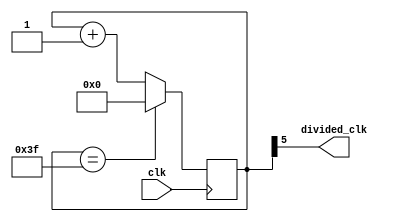
// Question: Frequency division circuit (division by 64)

module freq_division(input clk, output divided_clk);
    // Declare a 6-bit register to act as a counter
    reg [5:0] cnt;

    // Initial block to initialize the counter to 0 at the start of simulation
    initial begin
        cnt = 0;
    end

    // Always block triggered on the positive edge of the input clock
    always @ (posedge clk) begin
        // Check if the counter has reached 63
        if (cnt == 63)
            // Reset the counter to 0 if it has reached 63
            cnt = 0;
        else
            // Increment the counter by 1
            cnt = cnt + 1;
    end

    // Assign the most significant bit of the counter to the output
    // This divides the clock frequency by 64
    assign divided_clk = cnt[5];
endmodule